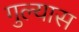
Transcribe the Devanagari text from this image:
गुल्यास